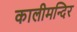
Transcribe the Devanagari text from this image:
कालीमन्दिर